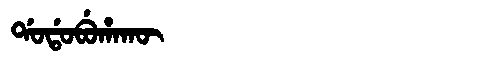
Manchu: ᡩᠣᡩᠣᠪᡠᡥᠠᡴᡡ
Romanization: DODOBUHAKŪ